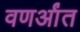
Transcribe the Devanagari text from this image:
वणर्आंत